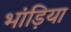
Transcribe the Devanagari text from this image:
भांड़िया